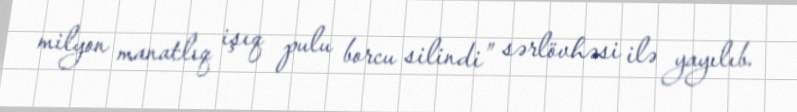
milyon manatlıq işıq pulu borcu silindi” sərlövhəsi ilə yayılıb.